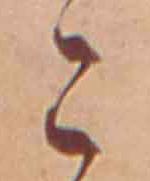
こ